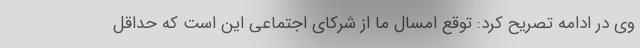
وی در ادامه تصریح کرد: توقع امسال ما از شرکای اجتماعی این است که حداقل